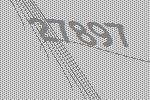
27897